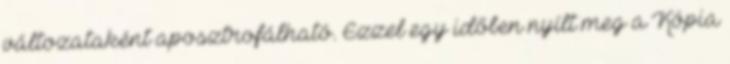
változataként aposztrofálható. Ezzel egy időben nyílt meg a Kópia